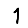
Digit: 1